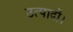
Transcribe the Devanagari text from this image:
उत्पादों।